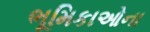
ભૂમિકાઓના